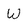
Character: W